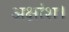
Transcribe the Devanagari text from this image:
अक्षांश।